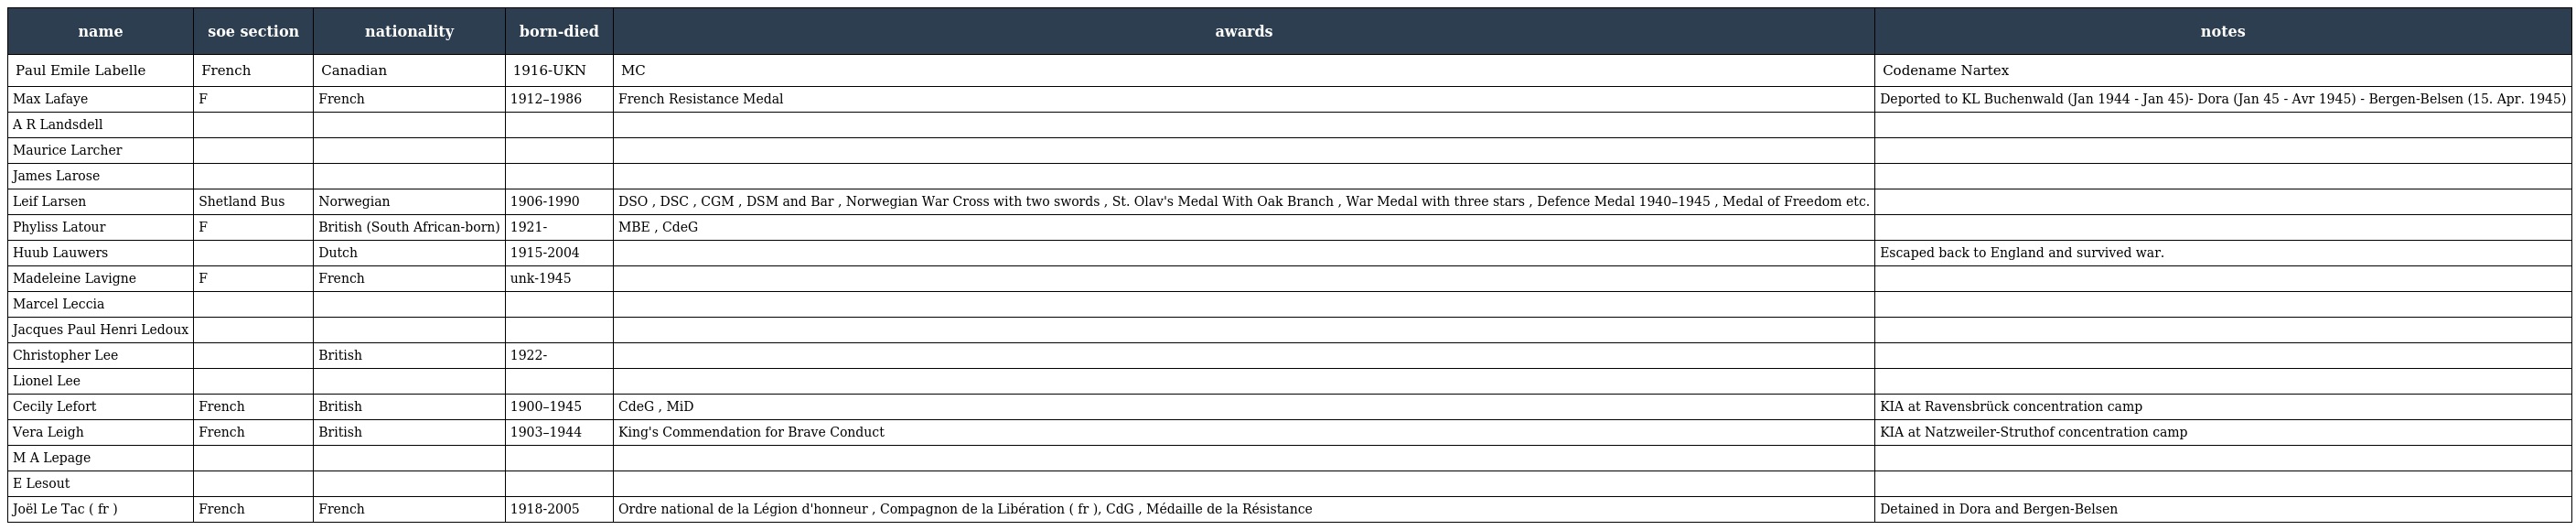
| name | soe section | nationality | born-died | awards | notes |
 | --- | --- | --- | --- | --- | --- |
 | Paul Emile Labelle | French | Canadian | 1916-UKN | MC | Codename Nartex |
 | Max Lafaye | F | French | 1912–1986 | French Resistance Medal | Deported to KL Buchenwald (Jan 1944 - Jan 45)- Dora (Jan 45 - Avr 1945) - Bergen-Belsen (15. Apr. 1945) |
 | A R Landsdell |  |  |  |  |  |
 | Maurice Larcher |  |  |  |  |  |
 | James Larose |  |  |  |  |  |
 | Leif Larsen | Shetland Bus | Norwegian | 1906-1990 | DSO , DSC , CGM , DSM and Bar , Norwegian War Cross with two swords , St. Olav's Medal With Oak Branch , War Medal with three stars , Defence Medal 1940–1945 , Medal of Freedom etc. |  |
 | Phyliss Latour | F | British (South African-born) | 1921- | MBE , CdeG |  |
 | Huub Lauwers |  | Dutch | 1915-2004 |  | Escaped back to England and survived war. |
 | Madeleine Lavigne | F | French | unk-1945 |  |  |
 | Marcel Leccia |  |  |  |  |  |
 | Jacques Paul Henri Ledoux |  |  |  |  |  |
 | Christopher Lee |  | British | 1922- |  |  |
 | Lionel Lee |  |  |  |  |  |
 | Cecily Lefort | French | British | 1900–1945 | CdeG , MiD | KIA at Ravensbrück concentration camp |
 | Vera Leigh | French | British | 1903–1944 | King's Commendation for Brave Conduct | KIA at Natzweiler-Struthof concentration camp |
 | M A Lepage |  |  |  |  |  |
 | E Lesout |  |  |  |  |  |
 | Joël Le Tac ( fr ) | French | French | 1918-2005 | Ordre national de la Légion d'honneur , Compagnon de la Libération ( fr ), CdG , Médaille de la Résistance | Detained in Dora and Bergen-Belsen |